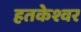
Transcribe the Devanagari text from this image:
हतकेश्वर